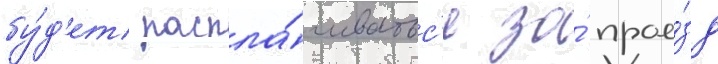
бу́д'ет распла́чиватьс'я за́ прое́зд